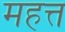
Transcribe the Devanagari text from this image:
महत्त